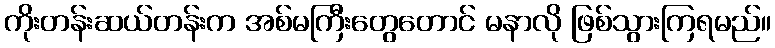
ကိုးတန်းဆယ်တန်းက အစ်မကြီးတွေတောင် မနာလို ဖြစ်သွားကြရမည်။